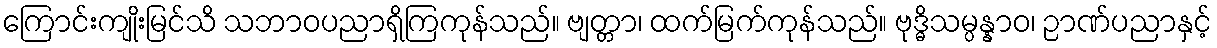
ကြောင်းကျိုးမြင်သိ သဘာဝပညာရှိကြကုန်သည်။ ဗျတ္တာ၊ ထက်မြက်ကုန်သည်။ ဗုဒ္ဓိသမ္ပန္နာဝ၊ ဉာဏ်ပညာနှင့်